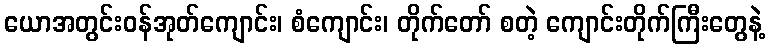
ယောအတွင်းဝန်အုတ်ကျောင်း၊ စံကျောင်း၊ တိုက်တော် စတဲ့ ကျောင်းတိုက်ကြီးတွေနဲ့